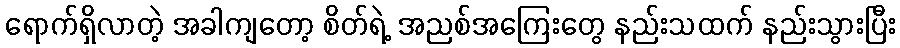
ရောက်ရှိလာတဲ့ အခါကျတော့ စိတ်ရဲ့ အညစ်အကြေးတွေ နည်းသထက် နည်းသွားပြီး